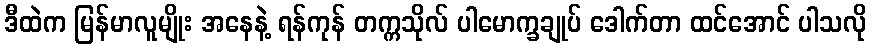
ဒီထဲက မြန်မာလူမျိုး အနေနဲ့ ရန်ကုန် တက္ကသိုလ် ပါမောက္ခချုပ် ဒေါက်တာ ထင်အောင် ပါသလို